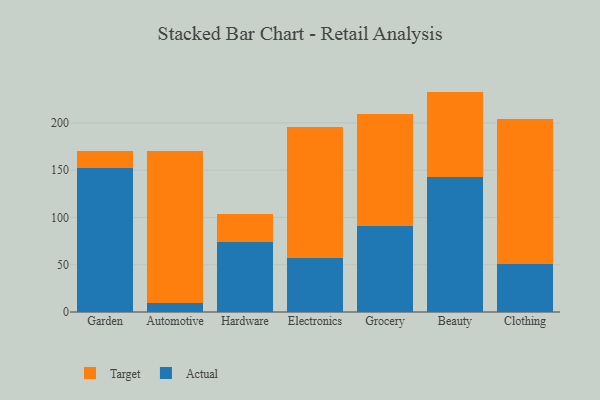
{"axis": {"x": "Category", "y": "Population (Million)"}, "legend": ["Actual", "Target"], "data": [{"x": "Garden", "y": 151.9, "type": "Actual"}, {"x": "Garden", "y": 18.1, "type": "Target"}, {"x": "Automotive", "y": 9.6, "type": "Actual"}, {"x": "Automotive", "y": 161.0, "type": "Target"}, {"x": "Hardware", "y": 74.3, "type": "Actual"}, {"x": "Hardware", "y": 29.2, "type": "Target"}, {"x": "Electronics", "y": 57.1, "type": "Actual"}, {"x": "Electronics", "y": 138.2, "type": "Target"}, {"x": "Grocery", "y": 90.6, "type": "Actual"}, {"x": "Grocery", "y": 119.1, "type": "Target"}, {"x": "Beauty", "y": 143.2, "type": "Actual"}, {"x": "Beauty", "y": 89.9, "type": "Target"}, {"x": "Clothing", "y": 50.7, "type": "Actual"}, {"x": "Clothing", "y": 153.7, "type": "Target"}]}